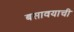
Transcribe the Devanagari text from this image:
बसावयाची